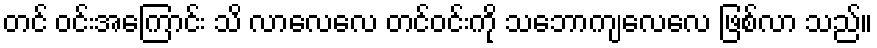
တင် ဝင်းအကြောင်း သိ လာလေလေ တင်ဝင်းကို သဘောကျလေလေ ဖြစ်လာ သည်။